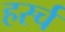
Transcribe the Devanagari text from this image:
हर्स्च